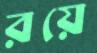
রয়ে